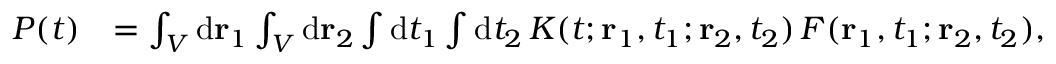
\begin{array} { r l } { P ( t ) } & { = \int _ { \cal V } \mathrm { d } { \bf r } _ { 1 } \int _ { \cal V } \mathrm { d } { \bf r } _ { 2 } \int \mathrm { d } t _ { 1 } \int \mathrm { d } t _ { 2 } \, K ( t ; { \bf r } _ { 1 } , t _ { 1 } ; { \bf r } _ { 2 } , t _ { 2 } ) \, F ( { \bf r } _ { 1 } , t _ { 1 } ; { \bf r } _ { 2 } , t _ { 2 } ) , } \end{array}